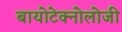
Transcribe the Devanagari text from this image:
बायोटेक्नोलोजी